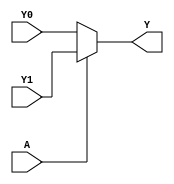
module single_variable_kmap (
    input wire A,      // 1-bit input variable
    input wire Y0,     // Output for A = 0
    input wire Y1,     // Output for A = 1
    output wire Y      // 1-bit output variable
);

// Combinational logic to determine output Y based on input A
assign Y = (A == 1'b0) ? Y0 : Y1;

endmodule